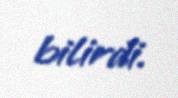
bilirdi.